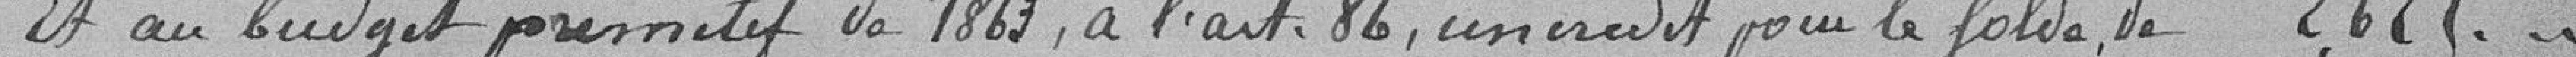
Et au budget primitif de 1823, à l'art.86, un crédit pour le solde de 2625